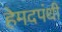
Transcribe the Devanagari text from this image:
हेमदपंथी